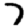
Digit: 7